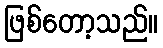
ဖြစ်တော့သည်။